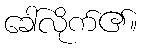
ခေါ်လိုက်၏။